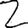
Digit: 2